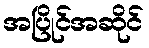
အပြိုင်အဆိုင်